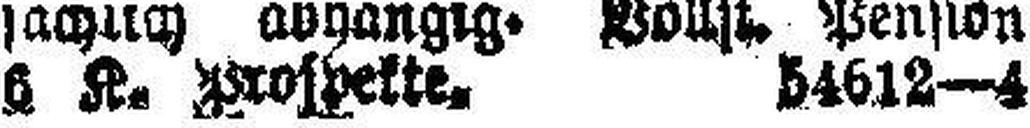
6 K. Prospekte. 54612—4